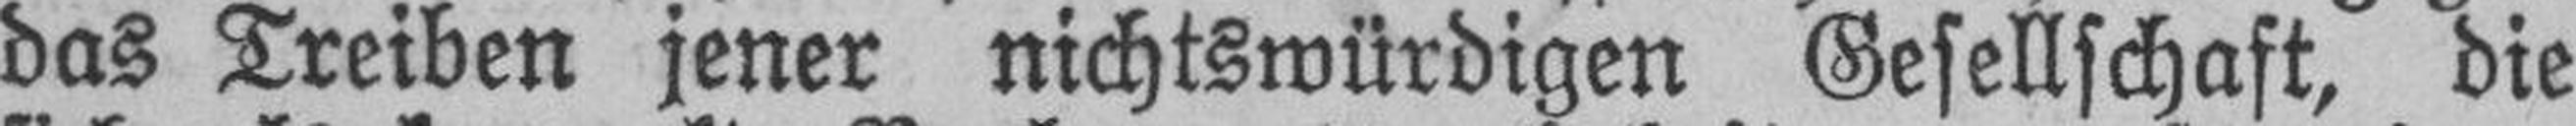
das Treiben jener nichtswürdigen Gesellschaft, die